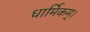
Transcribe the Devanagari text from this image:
धार्मिकम्‌।